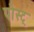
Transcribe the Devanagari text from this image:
पोस्ट्